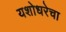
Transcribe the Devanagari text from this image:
यशोधरेचा